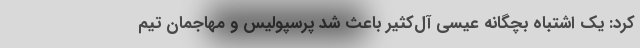
کرد: یک اشتباه بچگانه عیسی آل‌کثیر باعث شد پرسپولیس و مهاجمان تیم